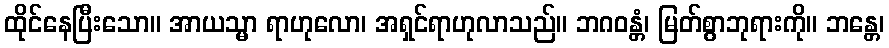
ထိုင်နေပြီးသော။ အာယသ္မာ ရာဟုလော၊ အရှင်ရာဟုလာသည်။ ဘဂဝန္တံ၊ မြတ်စွာဘုရားကို။ ဘန္တေ၊